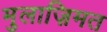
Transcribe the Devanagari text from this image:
मुलाज़िमत